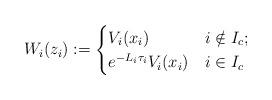
LaTeX: \begin{align*} W_i(z_i) := \begin{cases} V_i(x_i) & i \notin I_c; \\ e^{-L_i \tau_i} V_i(x_i) & i \in I_c \end{cases}\end{align*}